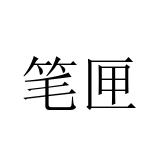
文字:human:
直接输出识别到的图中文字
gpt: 笔匣